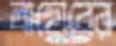
লাহোরের